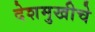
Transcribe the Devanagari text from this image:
देशमुखीचे